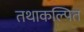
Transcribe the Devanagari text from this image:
तथाकल्पित